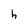
Character: h